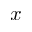
x